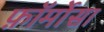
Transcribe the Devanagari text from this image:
फ़ॉर्मोसा